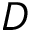
D